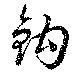
鈎